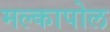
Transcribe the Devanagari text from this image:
मल्कापोल